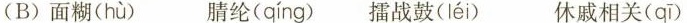
(B)面糊( hù ) 腈纶( qíng ) 擂战鼓( léi ) 休戚相关( qī )